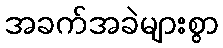
အခက်အခဲများစွာ